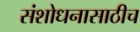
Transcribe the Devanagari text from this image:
संशोधनासाठीच